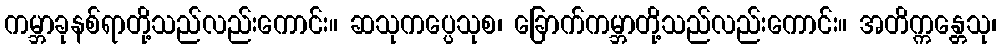
ကမ္ဘာခုနစ်ရာတို့သည်လည်းကောင်း။ ဆသုကပ္ပေသုစ၊ ခြောက်ကမ္ဘာတို့သည်လည်းကောင်း။ အတိက္ကန္တေသု၊